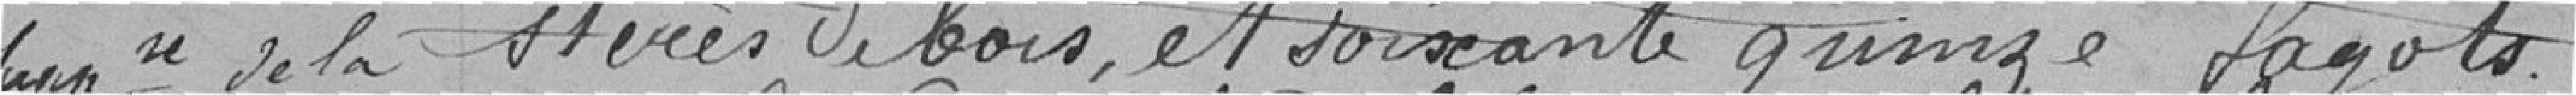
supplémentaire de la stères de bois, et soixante quinze fagots.